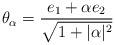
LaTeX: \begin{align*} \theta_{\alpha} = \frac{e_{1} + \alpha e_{2}}{\sqrt{1 + |\alpha|^{2}}}\end{align*}